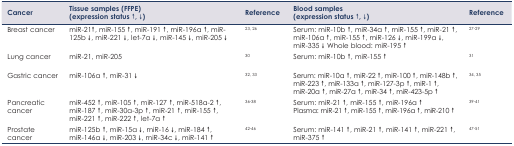
<table><thead><tr><td><b>Cancer</b></td><td><b>Tissue samples (FFPE) (expression status ↑, ↓)</b></td><td><b>Reference</b></td><td><b>Blood samples (expression status ↑, ↓)</b></td><td><b>Reference</b></td></tr></thead><tbody><tr><td>Breast cancer</td><td>miR-21↑, miR-155 ↑, miR-191 ↑, miR-196a ↑, miR-125b ↓, miR-221 ↓, let-7a ↓, miR-145 ↓, miR-205 ↓</td><td>23, 26</td><td>Serum: miR-10b ↑, miR-34a ↑, miR-155 ↑, miR-21 ↑, miR-106a ↑, miR-155 ↑, miR-126 ↓, miR-199a ↓, miR-335 ↓ Whole blood: miR-195 ↑</td><td>27–29</td></tr><tr><td>Lung cancer</td><td>miR-21, miR-205</td><td>30</td><td>Serum: miR-10b ↑, miR-155 ↑</td><td>31</td></tr><tr><td>Gastric cancer</td><td>miR-106a ↑, miR-31 ↓</td><td>32, 33</td><td>Serum: miR-10a ↑, miR-22 ↑, miR-100 ↑, miR-148b ↑, miR-223 ↑, miR-133a ↑, miR-127-3p ↑, miR-1 ↑, miR-20a ↑, miR-27a ↑, miR-34 ↑, miR-423-5p ↑</td><td>34, 35</td></tr><tr><td>Pancreatic cancer</td><td>miR-452 ↑, miR-105 ↑, miR-127 ↑, miR-518a-2 ↑, miR-187 ↑, miR-30a-3p ↑, miR-21 ↑, miR-155 ↑, miR-221 ↑, miR-222 ↑, let-7a ↑</td><td>36–38</td><td>Serum: miR-21 ↑, miR-155 ↑, miR-196a ↑ Plasma: miR-21 ↑, miR-155 ↑, miR-196a ↑, miR-210 ↑</td><td>39–41</td></tr><tr><td>Prostate cancer</td><td>miR-125b ↑, miR-15a ↓, miR-16 ↓, miR-184 ↑, miR-146a ↓, miR-203 ↓, miR-34c ↓, miR-141 ↑</td><td>42–46</td><td>Serum: miR-141 ↑, miR-21 ↑, miR-141 ↑, miR-221 ↑, miR-375 ↑</td><td>47–51</td></tr></tbody></table>